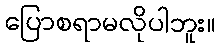
ပြောစရာမလိုပါဘူး။